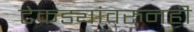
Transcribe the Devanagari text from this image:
टेकड्यांवरुनही